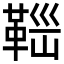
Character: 𩊼